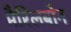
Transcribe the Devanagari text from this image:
मैरिलबोन